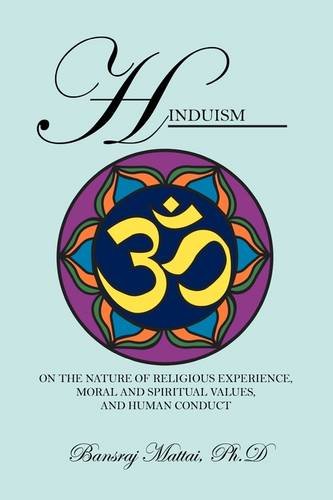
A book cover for Hinduism: On the Nature of Religious Experience, Moral and Spiritual Values, and Human Conduct; Bansraj Mattai PhD; Religion & Spirituality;